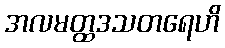
အလမတ္ထဒသတရေဟိ